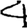
Digit: 4